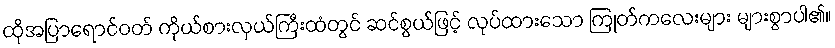
ထိုအပြာရောင်ဝတ် ကိုယ်စားလှယ်ကြီးထံတွင် ဆင်စွယ်ဖြင့် လုပ်ထားသော ကြုတ်ကလေးများ များစွာပါ၏။